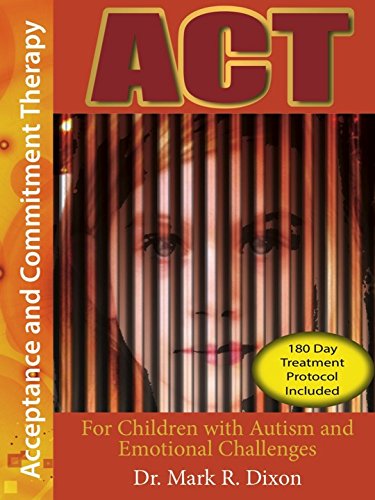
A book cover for ACT for Children with Autism and Emotional Challenges; Mark R. Dixon; Health, Fitness & Dieting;